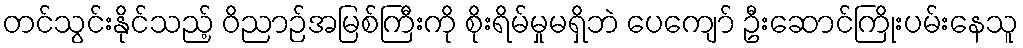
တင်သွင်းနိုင်သည့် ဝိညာဉ်အမြစ်ကြီးကို စိုးရိမ်မှုမရှိဘဲ ပေကျော် ဦးဆောင်ကြိုးပမ်းနေသူ